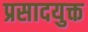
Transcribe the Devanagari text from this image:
प्रसादयुक्त